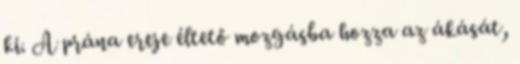
ki. A prána ereje éltető mozgásba hozza az ákását,